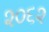
૨૦૬૨